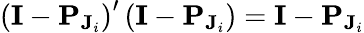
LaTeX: \left(\mathbf{I}-\mathbf{P}_{\mathbf{J}_{i}}\right)^{\prime}\left(\mathbf{I}-\mathbf{P}_{\mathbf{J}_{i}}\right)=\mathbf{I}-\mathbf{P}_{\mathbf{J}_{i}}